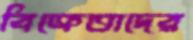
বিক্রেতাদের